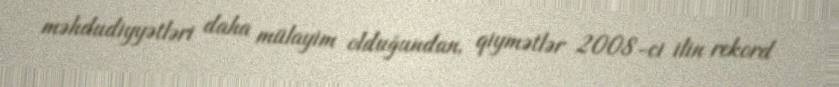
məhdudiyyətləri daha mülayim olduğundan, qiymətlər 2008-ci ilin rekord